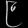
Digit: ၉